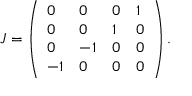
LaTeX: J = \left( \begin{array} { l l l l } { { 0 } } & { { 0 } } & { { 0 } } & { { 1 } } \\ { { 0 } } & { { 0 } } & { { 1 } } & { { 0 } } \\ { { 0 } } & { { - 1 } } & { { 0 } } & { { 0 } } \\ { { - 1 } } & { { 0 } } & { { 0 } } & { { 0 } } \end{array} \right) .